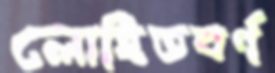
লোহিতবর্ণ